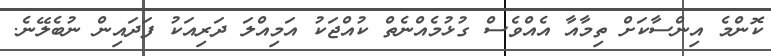
ކޮންމެ އިންސާކަށް ތިމާއާ އެއްވެސް ގުޅުމެއްނެތް ކުއްޖަކު އަމިއްލަ ދަރިއަކު ފަދައިން ނުބެލޭނެ.